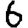
Digit: 6